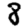
Digit: 8